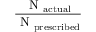
\frac { \textrm { N } _ { \mathrm { a c t u a l } } } { \textrm { N } _ { \mathrm { p r e s c r i b e d } } }